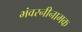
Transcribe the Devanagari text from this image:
भंवरनीनामक